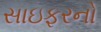
સાઇફરનો